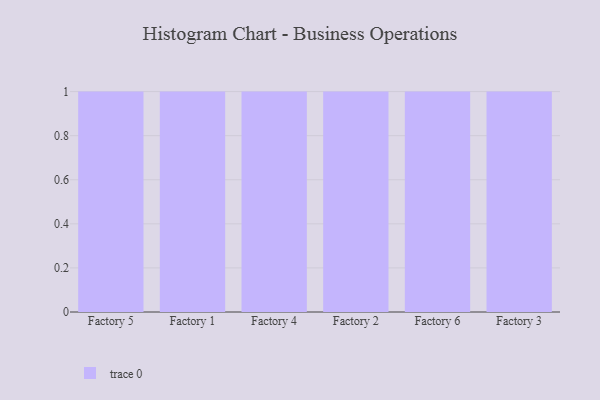
{"axis": {"x": "Factory", "y": "Demand Index"}, "legend": [""], "data": [{"x": "Factory 5", "y": 85, "type": ""}, {"x": "Factory 1", "y": 28, "type": ""}, {"x": "Factory 4", "y": 58, "type": ""}, {"x": "Factory 2", "y": 24, "type": ""}, {"x": "Factory 6", "y": 68, "type": ""}, {"x": "Factory 3", "y": 86, "type": ""}]}